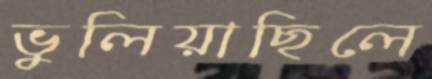
ভুলিয়াছিলে